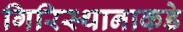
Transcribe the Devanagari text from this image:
गिरिस्थानाकडे